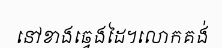
នៅខាងឆ្វេងដៃ។លោកគង់